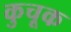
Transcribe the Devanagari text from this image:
कुचूक